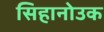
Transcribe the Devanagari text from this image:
सिहानोउक